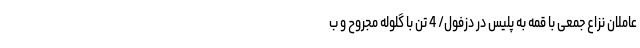
عاملان نزاع جمعی با قمه به پلیس در دزفول/ 4 تن با گلوله مجروح و ب